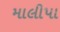
માલીપા